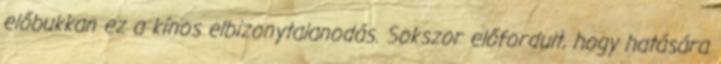
előbukkan ez a kínos elbizonytalanodás. Sokszor előfordult, hogy hatására